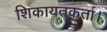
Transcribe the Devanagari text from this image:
शिकायतकर्ता।